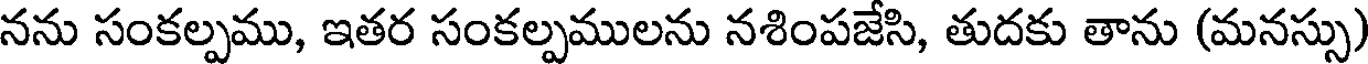
నను సంకల్పము, ఇతర సంకల్పములను నశింపజేసి, తుదకు తాను (మనస్సు)